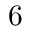
6